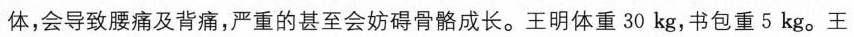
体，会导致腰痛及背痛，严重的甚至会妨碍骨骼成长。王明体重30kg，书包重5kg。王